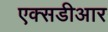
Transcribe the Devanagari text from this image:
एक्सडीआर